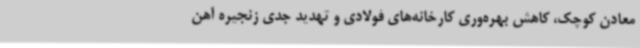
معادن کوچک، کاهش بهره‌وری کارخانه‌های فولادی و تهدید جدی زنجیره آهن